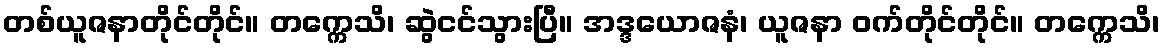
တစ်ယူဇနာတိုင်တိုင်။ တက္ကေသိ၊ ဆွဲငင်သွားပြီ။ အဒ္ဒယောဇနံ၊ ယူဇနာ ဝက်တိုင်တိုင်။ တက္ကေသိ၊